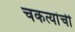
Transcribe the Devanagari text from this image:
चकत्यांची